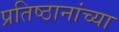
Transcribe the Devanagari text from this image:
प्रतिष्ठानांच्या